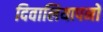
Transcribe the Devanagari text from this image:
दिवालियापनों